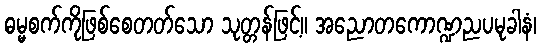
ဓမ္မစက်ကိုဖြစ်စေတတ်သော သုတ္တန်ဖြင့်။ အညောတကောဏ္ဍညပမုခါနံ၊